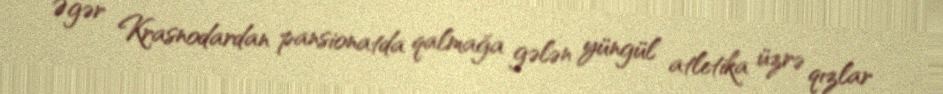
Əgər Krasnodardan pansionatda qalmağa gələn yüngül atletika üzrə qızlar